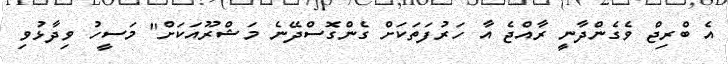
އެ ބްރިޖް ވެގެންދާނީ ރާއްޖެ އާ ހަރުފަތަކަށް ގެންގޮސްދޭނެ މަޝްރޫއަކަށް" މަސީހު ވިދާޅުވި